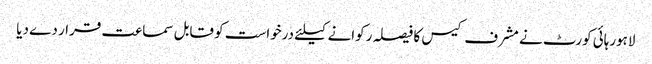
لاہورہائی کورٹ نے مشرف کیس کا فیصلہ رکوانے کیلئے درخواست کو قابل سماعت قرار دے دیا